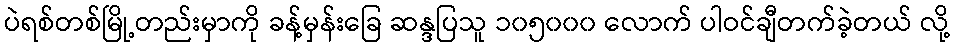
ပဲရစ်တစ်မြို့တည်းမှာကို ခန့်မှန်းခြေ ဆန္ဒပြသူ ၁၀၅၀၀၀ လောက် ပါဝင်ချီတက်ခဲ့တယ် လို့